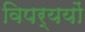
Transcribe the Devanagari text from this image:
विपर्ययों